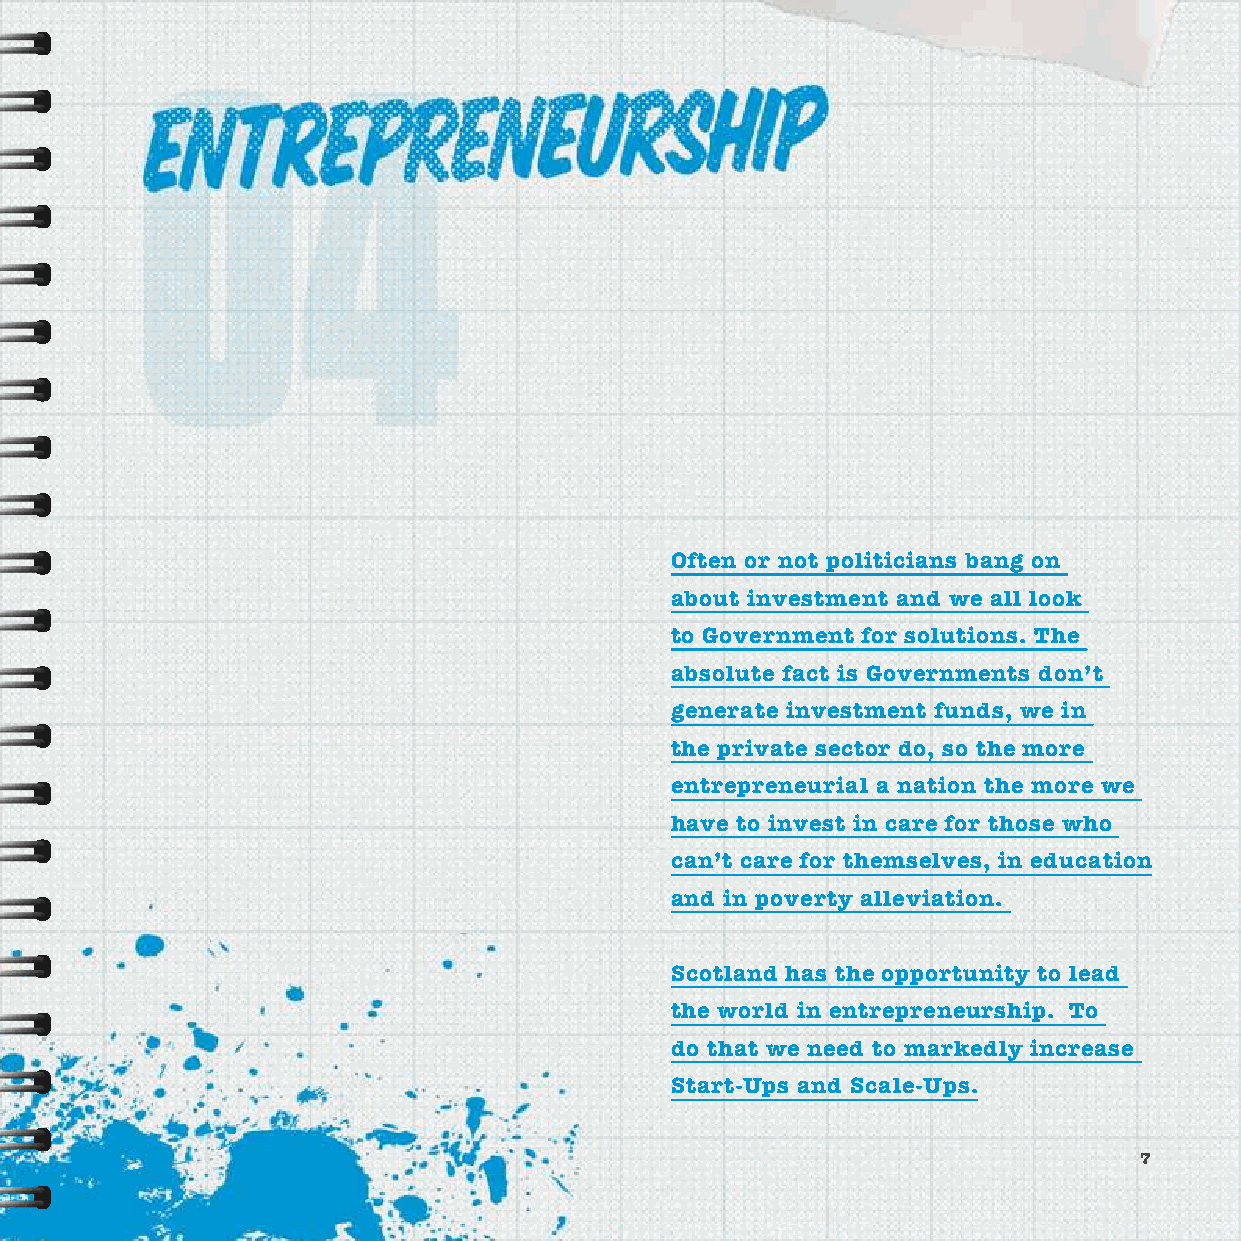
Often or not politicians bang on
 about investment and we all look
 to Government for solutions. The
 absolute fact is Governments don’t
 generate investment funds, we in
 the private sector do, so the more
 entrepreneurial a nation the more we
 have to invest in care for those who
 can’t care for themselves, in education
 and in poverty alleviation.
 Scotland has the opportunity to lead
 the world in entrepreneurship. To
 do that we need to markedly increase
 Start-Ups and Scale-Ups.
 7